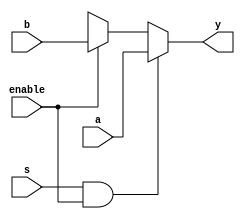
`timescale 1ns / 1ps

module mux2to1_function(enable, s, a, b,y);
	input enable,s,a,b;
	output y;
	reg y;
	always @(enable or s)
		 y = mux2_1(enable, s, a, b);
		 
		 
		function mux2_1;
			input enable,s,a,b;
			begin
				if(s & enable)
					mux2_1=a;
				else if(enable)
					mux2_1=b;
			end
		endfunction
endmodule